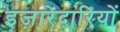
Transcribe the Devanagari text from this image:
इज़ारेदारियों